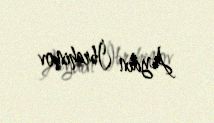
Aydın İbrahimov